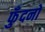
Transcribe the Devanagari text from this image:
फुँदनों